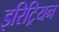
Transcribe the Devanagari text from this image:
इरिट्रियन